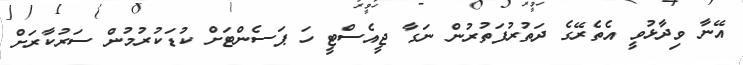
އޭނާ ވިދާޅުވީ އެތެރޭގެ ދަތުރުފަތުރުން ނަގާ ޖީއެސްޓީ ހަ ޕަސެންޓަށް ކުޑަކުރުމުން ސަރުކާރަށް